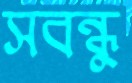
সবন্ধু